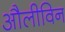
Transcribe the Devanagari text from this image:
औलीविन